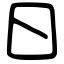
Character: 日